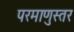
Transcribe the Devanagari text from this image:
परमाणुस्तर